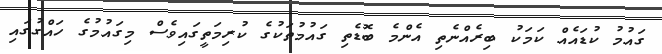
ގައުމު ކުޑައެއް ކަމަކު ބިރެއްނެތި އެންމެ ބޮޑެތި ގައުމުތަކުގެ ކުރިމަތީގައިވެސް މިގައުމުގެ ހައްގުގައި